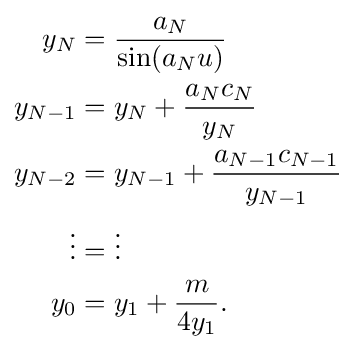
{\begin{aligned}y_{N}&={\frac {a_{N}}{\sin(a_{N}u)}}\\y_{N-1}&=y_{N}+{\frac {a_{N}c_{N}}{y_{N}}}\\y_{N-2}&=y_{N-1}+{\frac {a_{N-1}c_{N-1}}{y_{N-1}}}\\\vdots &=\vdots \\y_{0}&=y_{1}+{\frac {m}{4y_{1}}}.\end{aligned}}